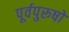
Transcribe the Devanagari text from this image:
पूर्वपुरूषों